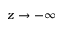
z \rightarrow - \infty